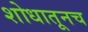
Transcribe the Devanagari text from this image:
शोधातूनच